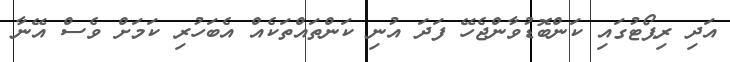
އަދި ރިޕޯޓުގައި ކަންބޮޑުވާންޖެހޭ ފަދަ އުނި ކަންތައްތަކެއް އެބަހުރި ކަމަށް ވެސް އޭނާ